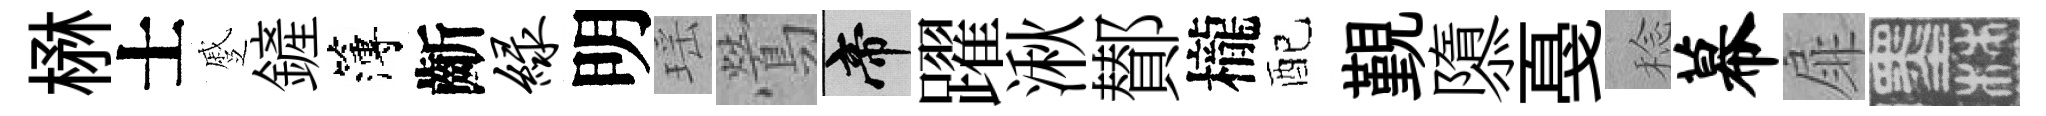
楙士蹙鏟簿齗绿明瑶鶯帝躍湫鄼櫳配覲隳戞稔幕扉墨